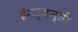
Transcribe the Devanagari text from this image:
ईमर्जन्सी